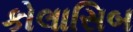
કોલાસિબ